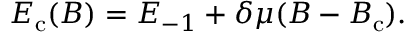
E _ { \mathrm { c } } ( B ) = E _ { - 1 } + \delta \mu ( B - B _ { \mathrm { c } } ) .